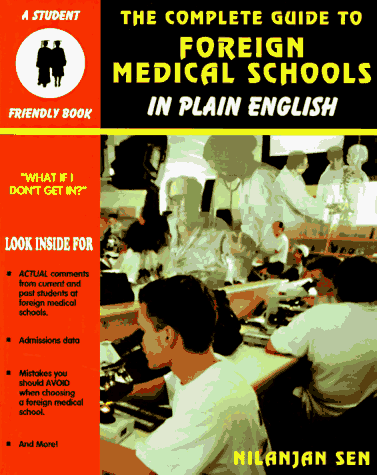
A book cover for The Complete Guide to Foreign Medical Schools (In Plain English Series) (Student Friendly Book); Nilanjan Sen; Education & Teaching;